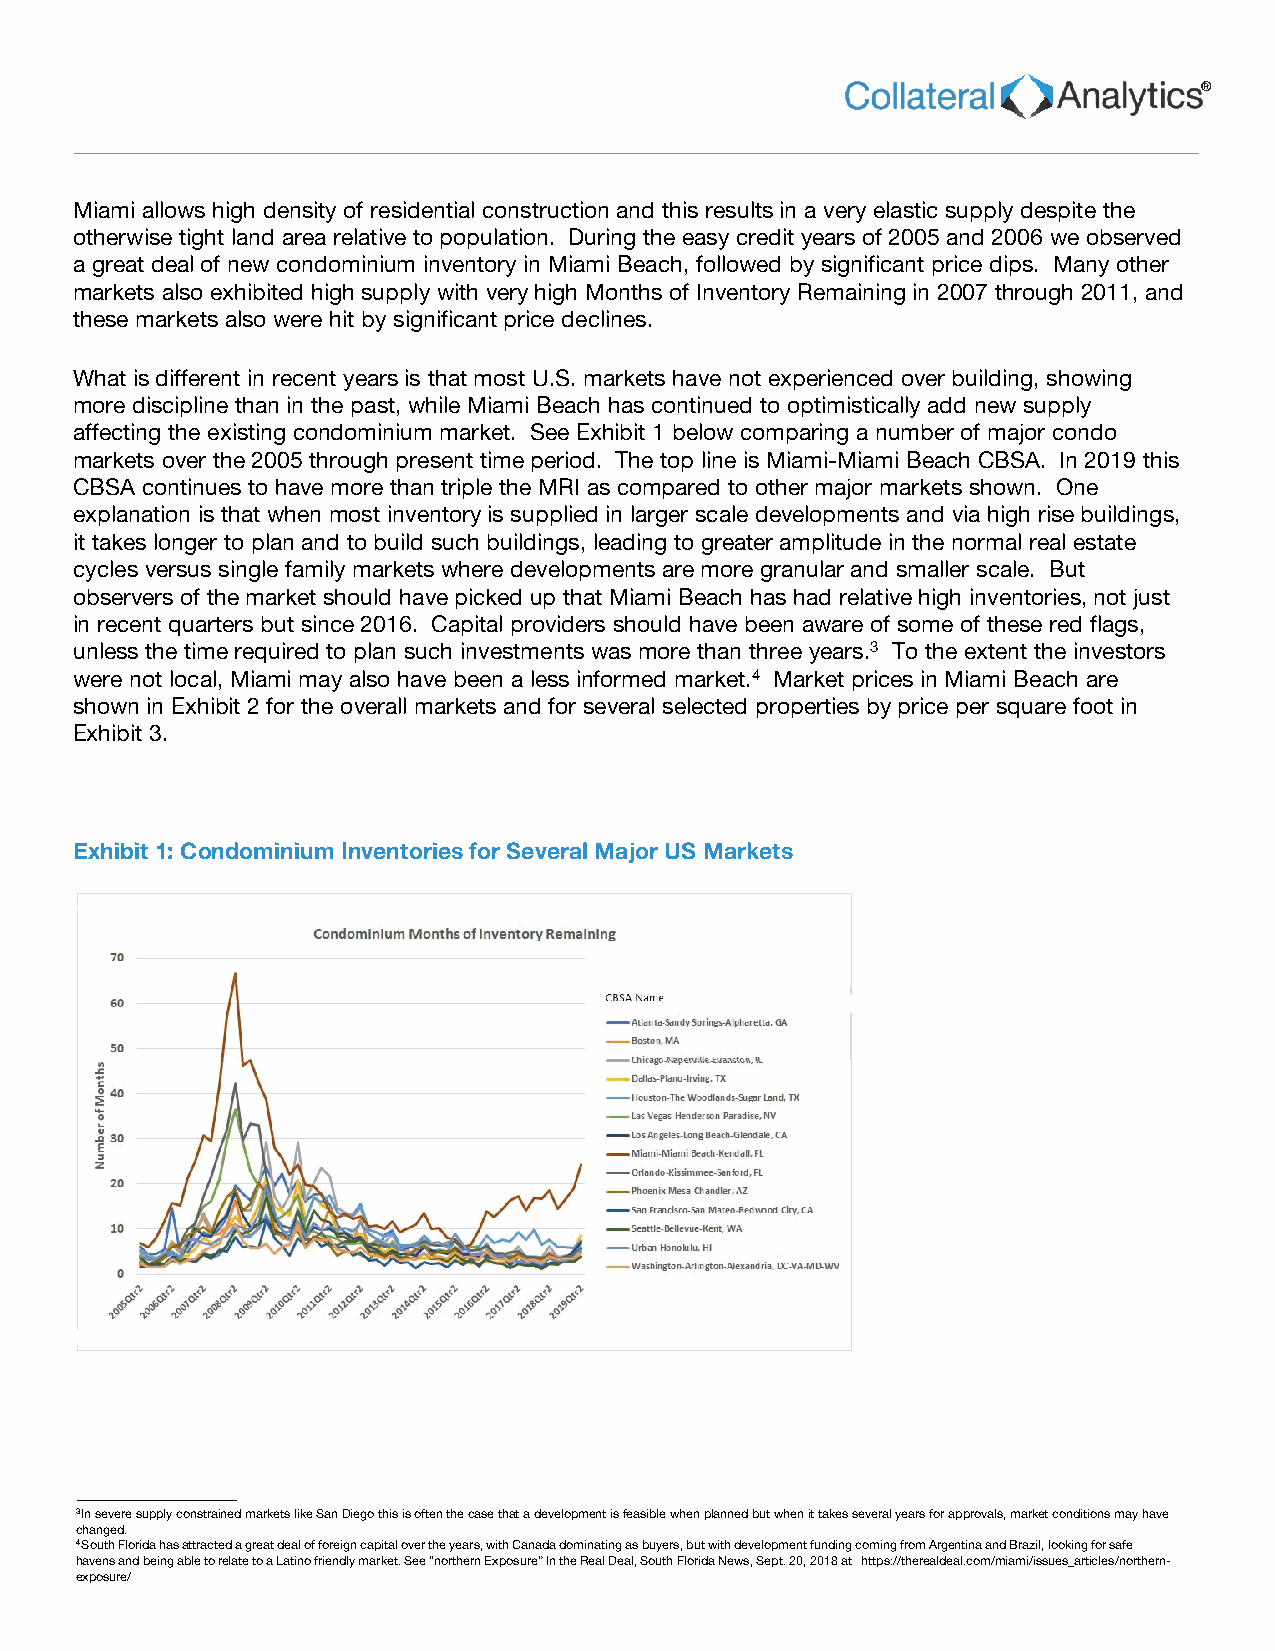
®
 Miami allows high density of residential construction and this results in a very elastic supply despite the
 otherwise tight land area relative to population. During the easy credit years of 2005 and 2006 we observed
 a great deal of new condominium inventory in Miami Beach, followed by significant price dips. Many other
 markets also exhibited high supply with very high Months of Inventory Remaining in 2007 through 2011, and
 these markets also were hit by significant price declines.
 What is different in recent years is that most U.S. markets have not experienced over building, showing
 more discipline than in the past, while Miami Beach has continued to optimistically add new supply
 affecting the existing condominium market. See Exhibit 1 below comparing a number of major condo
 markets over the 2005 through present time period. The top line is Miami-Miami Beach CBSA. In 2019 this
 CBSA continues to have more than triple the MRI as compared to other major markets shown. One
 explanation is that when most inventory is supplied in larger scale developments and via high rise buildings,
 it takes longer to plan and to build such buildings, leading to greater amplitude in the normal real estate
 cycles versus single family markets where developments are more granular and smaller scale. But
 observers of the market should have picked up that Miami Beach has had relative high inventories, not just
 in recent quarters but since 2016. Capital providers should have been aware of some of these red flags,
 unless the time required to plan such investments was more than three years.3 To the extent the investors
 were not local, Miami may also have been a less informed market.4 Market prices in Miami Beach are
 shown in Exhibit 2 for the overall markets and for several selected properties by price per square foot in
 Exhibit 3.
 Exhibit 1: Condominium Inventories for Several Major US Markets
 3 In severe supply constrained markets like San Diego this is often the case that a development is feasible when planned but when it takes several years for approvals, market conditions may have
 changed.
 4 South Florida has attracted a great deal of foreign capital over the years, with Canada dominating as buyers, but with development funding coming from Argentina and Brazil, looking for safe
 havens and being able to relate to a Latino friendly market. See “northern Exposure” In the Real Deal, South Florida News, Sept. 20, 2018 at https://therealdeal.com/miami/issues_articles/northern-
 exposure/